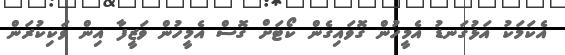
އެކަމަކު އަޅުގަނޑު އެމީހުން ގޮވައިގެން ކޯޓަށް ގޮސް އެމީހުން ވަޒީފާ އިން ވަކިކުރަން